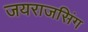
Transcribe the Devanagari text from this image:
जयराजसिंग